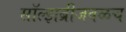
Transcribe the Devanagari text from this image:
सॉल्झब्रीजवळच